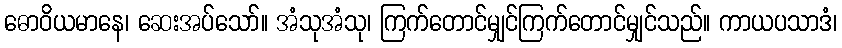
ဓောဝိယမာနေ၊ ဆေးအပ်သော်။ အံသုအံသု၊ ကြက်တောင်မျှင်ကြက်တောင်မျှင်သည်။ ကာယပသာဒံ၊